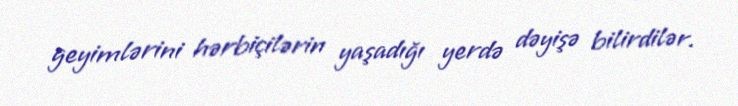
geyimlərini hərbiçilərin yaşadığı yerdə dəyişə bilirdilər.